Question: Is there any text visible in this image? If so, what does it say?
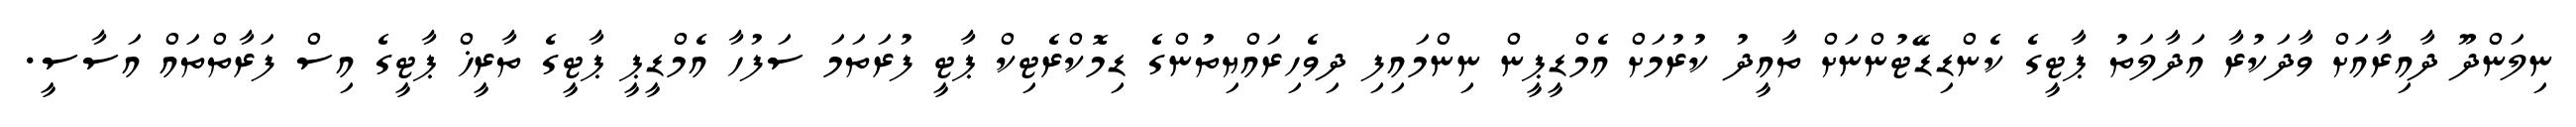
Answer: ނިލަންދޫ ދާއިރާއަށް ވާދަކުރާ އަދާލަތު ޕާޓީގެ ކެންޑިޑޭޓުންނަށް ތާއީދު ކުރުމަށް އެމްޑީޕީން ނިންމައިފި ދިވެހިރައްޔިތުންގެ ޑިމޮކްރެޓިކް ޕާޓީ ފުރަތަމަ ސަފުހާ އެމްޑީޕީ ޕާޓީގެ ތާރީޚް ޕާޓީގެ އިސް ފަރާތްތައް އަސާސީ.